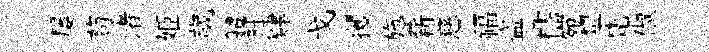
屡茍渚姬歲軆衽肄戈攫施薪慈福盜櫺宛犂梵俶